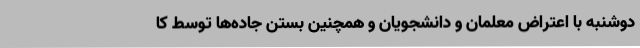
دوشنبه با اعتراض معلمان و دانشجویان و همچنین بستن جاده‌ها توسط کا